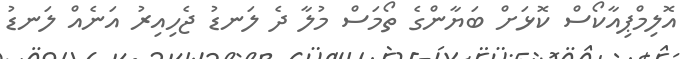
އޮލިމްޕިއާކޯސް ކޮޅަށް ބަޔާންގެ ތޯމަސް މުލާ ދެ ލަނޑު ޖެހިއިރު އަނެއް ލަނޑު